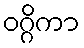
ဝဂ္ဂိကာ